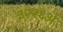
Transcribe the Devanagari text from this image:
३२२६अ